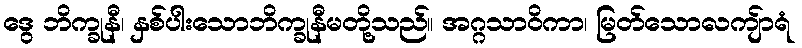
ဒွေ ဘိက္ခုနီ၊ နှစ်ပါးသောဘိက္ခုနီမတို့သည်။ အဂ္ဂသာဝိကာ၊ မြတ်သောလကျ်ာရံ